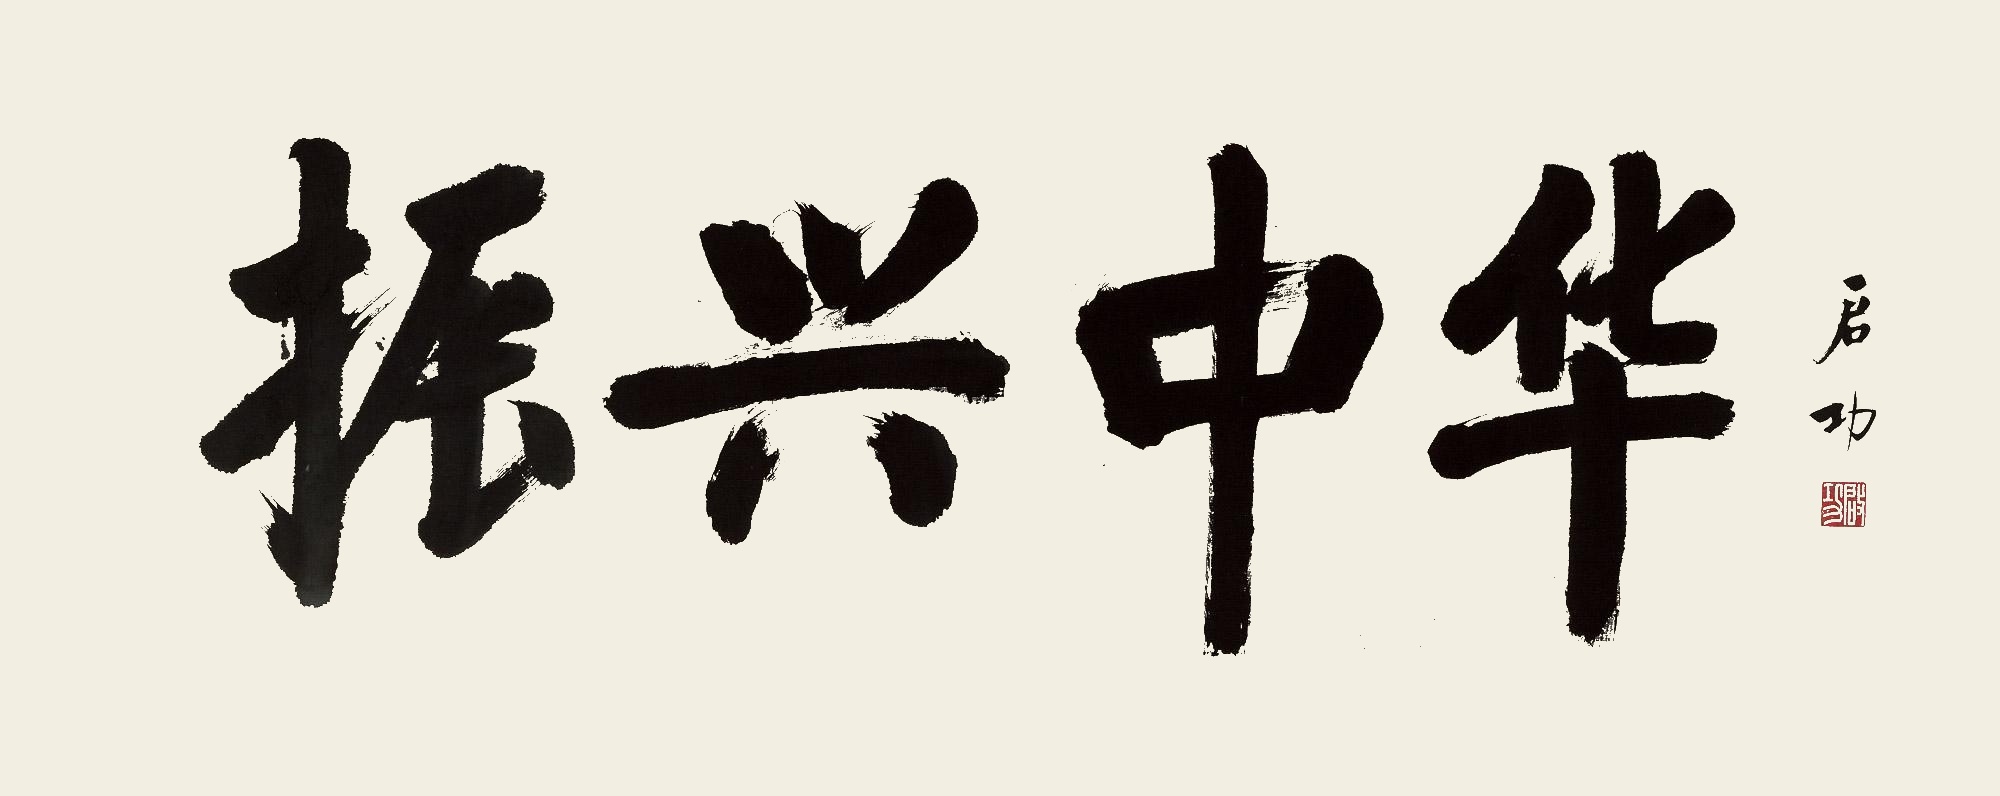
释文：振兴中华。启功。